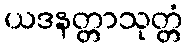
ယဒနတ္တာသုတ္တံ